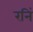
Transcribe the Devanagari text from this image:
रनिं